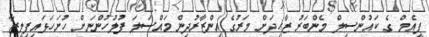
ޕީއެމް ގެ ކައުންސިލް މެންބަރު ޒާހިދަށް މަރުގެ އިންޒާރުދިން މައްސަލަ ފުލުހުންނަށް ހުށަހަޅައިފިލީޒާ